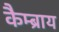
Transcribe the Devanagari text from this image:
कैम्ब्राय